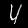
Digit: 4